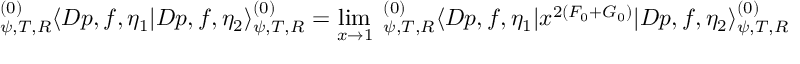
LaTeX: ^ { ( 0 ) } _ { \psi , T , R } \langle D p , f , \eta _ { 1 } | D p , f , \eta _ { 2 } \rangle _ { \psi , T , R } ^ { ( 0 ) } = \operatorname * { l i m } _ { x \to 1 } \; _ { \psi , T , R } ^ { ( 0 ) } \langle D p , f , \eta _ { 1 } | x ^ { 2 ( F _ { 0 } + G _ { 0 } ) } | D p , f , \eta _ { 2 } \rangle _ { \psi , T , R } ^ { ( 0 ) }